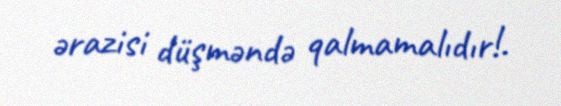
ərazisi düşməndə qalmamalıdır!.